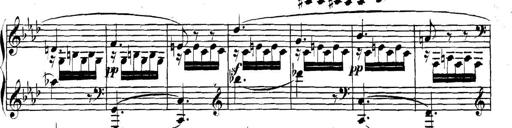
Title: Collected Piano Sonatas
Composer: Muzio Clementi